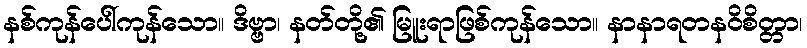
နစ်ကုန်ပေါ်ကုန်သော။ ဒိဗ္ဗာ၊ နတ်တို့၏ မြူးရာဖြစ်ကုန်သော။ နာနာရတနဝိစိတ္တာ၊